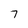
Character: 7